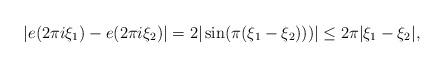
LaTeX: \begin{align*}| e(2\pi i \xi_1) -e(2 \pi i \xi_2)|=2|\sin(\pi(\xi_1-\xi_2)))|\leq 2\pi |\xi_1-\xi_2|,\end{align*}